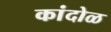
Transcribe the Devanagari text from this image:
कांदोळ